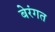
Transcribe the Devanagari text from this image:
बेरंगत